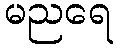
မညရေ